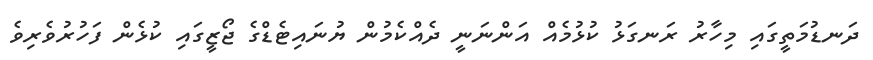
ދަނޑުމަތީގައި މިހާރު ރަނގަޅު ކުޅުމެއް އަންނަނީ ދެއްކެމުން ޔުނައިޓެޑްގެ ޖޯޒީގައި ކުޅެން ފަހުރުވެރިވެ